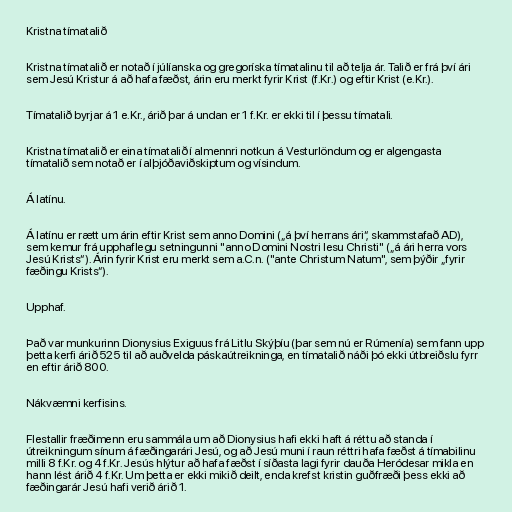
Kristna tímatalið

Kristna tímatalið er notað í júlíanska og gregoríska tímatalinu til að telja ár. Talið er frá því ári
sem Jesú Kristur á að hafa fæðst, árin eru merkt fyrir Krist (f.Kr.) og eftir Krist (e.Kr.).

Tímatalið byrjar á 1 e.Kr., árið þar á undan er 1 f.Kr. er ekki til í þessu tímatali.

Kristna tímatalið er eina tímatalið í almennri notkun á Vesturlöndum og er algengasta
tímatalið sem notað er í alþjóðaviðskiptum og vísindum.

Á latínu.

Á latínu er rætt um árin eftir Krist sem anno Domini („á því herrans ári“, skammstafað AD),
sem kemur frá upphaflegu setningunni "anno Domini Nostri Iesu Christi" („á ári herra vors
Jesú Krists“). Árin fyrir Krist eru merkt sem a.C.n. ("ante Christum Natum", sem þýðir „fyrir
fæðingu Krists“).

Upphaf.

Það var munkurinn Dionysius Exiguus frá Litlu Skýþíu (þar sem nú er Rúmenía) sem fann upp
þetta kerfi árið 525 til að auðvelda páskaútreikninga, en tímatalið náði þó ekki útbreiðslu fyrr
en eftir árið 800.

Nákvæmni kerfisins.

Flestallir fræðimenn eru sammála um að Dionysius hafi ekki haft á réttu að standa í
útreikningum sínum á fæðingarári Jesú, og að Jesú muni í raun réttri hafa fæðst á tímabilinu
milli 8 f.Kr. og 4 f.Kr. Jesús hlýtur að hafa fæðst í síðasta lagi fyrir dauða Heródesar mikla en
hann lést árið 4 f.Kr. Um þetta er ekki mikið deilt, enda krefst kristin guðfræði þess ekki að
fæðingarár Jesú hafi verið árið 1.